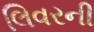
લિવરની